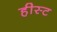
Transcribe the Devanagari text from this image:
हीस्ट